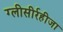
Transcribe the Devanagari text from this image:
ग्‍लीसीर्रहीजा